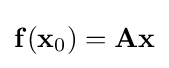
{\bf {f(x_{\rm {0}})=Ax}}